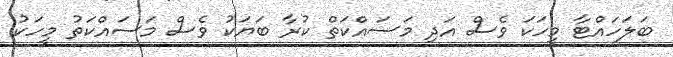
ބަލަހައްޓާ މީހަކަ ވެސް އަދި މަސައްކަތް ކުރާ ބަޔަކު ވެސް މަސައްކަތު މީހަކު